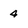
Character: 4